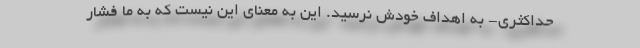
حداکثری- به اهداف خودش نرسید. این به معنای این نیست که به ما فشار